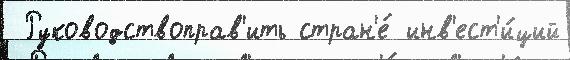
 Руководствоправ'ить стран'е́ инв'ест'и́ций